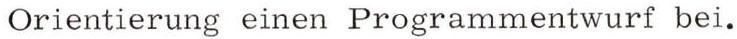
Orientierung einen Programmentwurf bei.